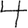
Digit: 4